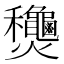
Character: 𬋢